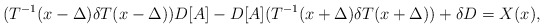
\begin{align*}(T^{-1}(x-\Delta)\delta T(x-\Delta))D[A]-D[A](T^{-1}(x+\Delta)\delta T(x+\Delta))+\delta D=X(x),\end{align*}